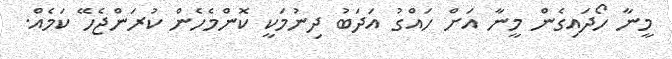
މީނާ ހޯދައިގެން މީނާ އަށް ހައްގު އަދަބު ދިނުމަކީ ކޮންމެހެން ކުރަންޖެހޭ ކަމެއް.